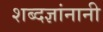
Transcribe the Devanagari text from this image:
शब्दज्ञांनानी